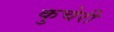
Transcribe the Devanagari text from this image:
कुचेरी